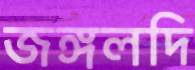
জঙ্গলদি